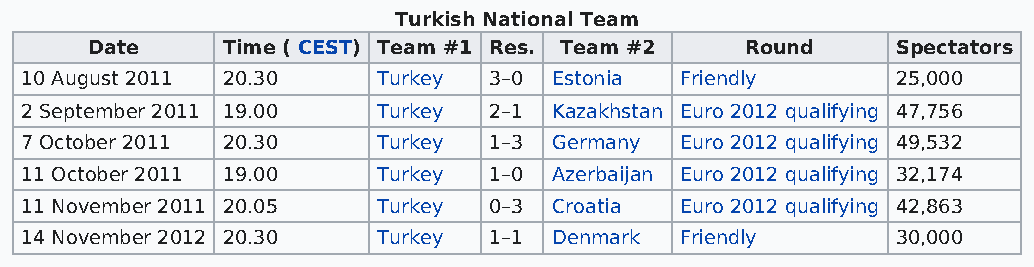
Turkish National Team
 Date     Time ( CEST) Team #1 Res. Team #2 Round     Spectators
 10 August 2011 20.30    Turkey 3–0  Estonia Friendly      25,000
 2 September 2011 19.00  Turkey 2–1  Kazakhstan Euro 2012 qualifying 47,756
 7 October 2011 20.30    Turkey 1–3  Germany Euro 2012 qualifying 49,532
 11 October 2011 19.00   Turkey 1–0  Azerbaijan Euro 2012 qualifying 32,174
 11 November 2011 20.05  Turkey 0–3  Croatia Euro 2012 qualifying 42,863
 14 November 2012 20.30  Turkey 1–1  Denmark Friendly      30,000